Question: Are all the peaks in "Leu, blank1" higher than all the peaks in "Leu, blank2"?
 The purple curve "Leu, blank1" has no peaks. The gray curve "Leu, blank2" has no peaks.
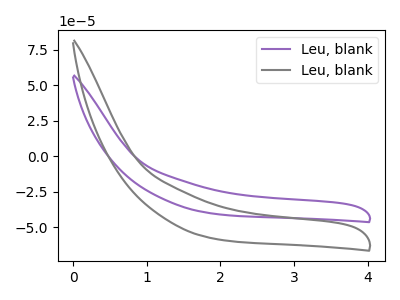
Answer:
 <answer>Niether CV has any peaks.</answer>
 <eval>blanks</eval>